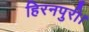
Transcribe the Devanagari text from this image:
हिरनपुरी।